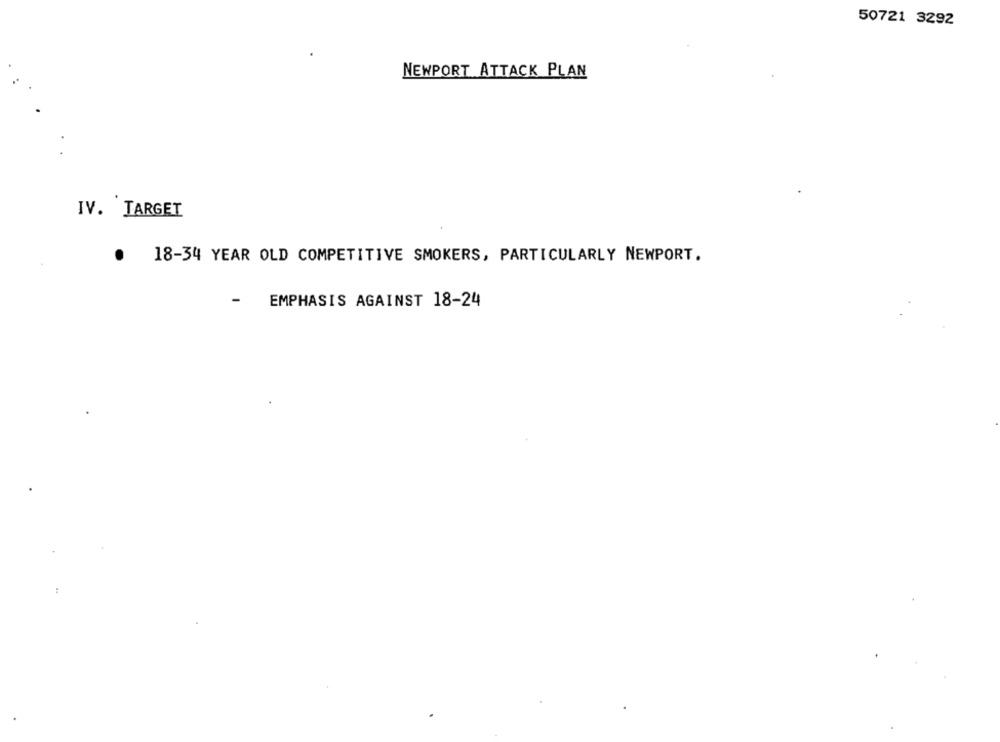
50721 3292
NEWPORT ATTACK PLAN
IV. TARGET
.
18-34 YEAR OLD COMPETITIVE SMOKERS, PARTICULARLY NEWPORT.
-
EMPHASIS AGAINST 18-24